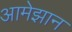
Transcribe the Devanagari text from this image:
आमेझान